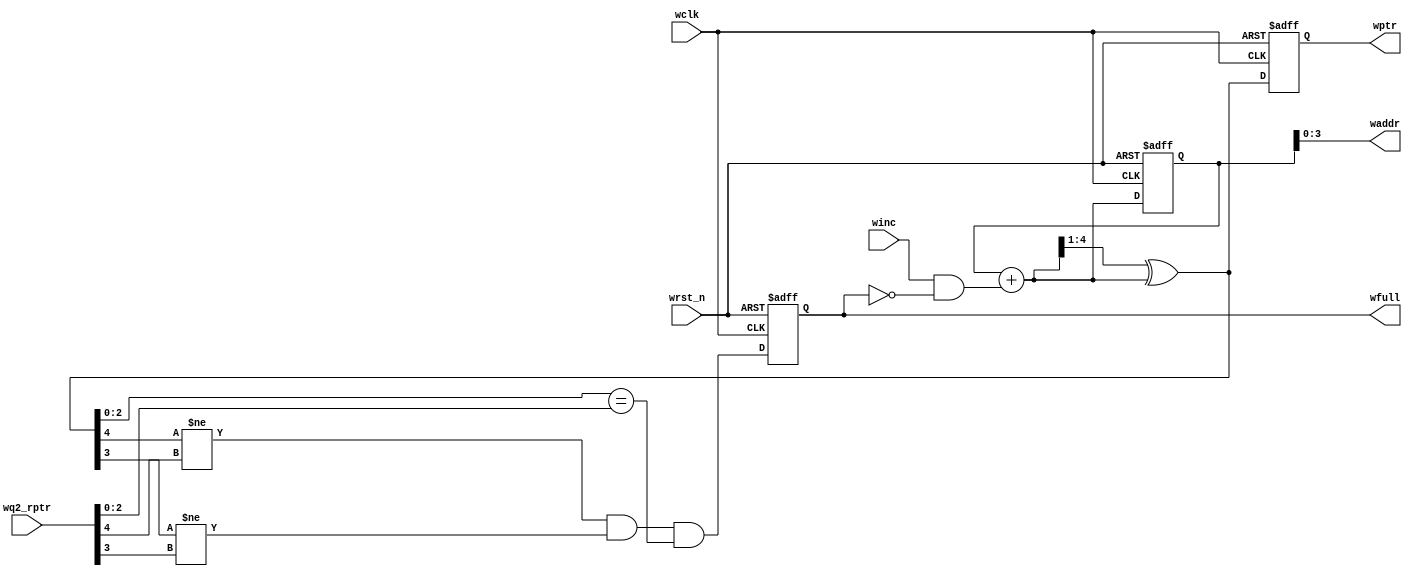
`timescale 1ns / 1ps
//////////////////////////////////////////////////////////////////////////////////
// Company: 
// Engineer: 
// 
// Design Name: 
// Module Name: wptr_full
// Project Name: 
// Target Devices: 
// Tool Versions: 
// Description: 
// 
// Dependencies: 
// 
// Revision:
// Revision 0.01 - File Created
// Additional Comments:
// 
//////////////////////////////////////////////////////////////////////////////////


module wptr_full
    #(parameter ADDRSIZE = 4)
    (
    output reg wfull,
    output [ADDRSIZE-1:0] waddr,
    output reg [ADDRSIZE:0] wptr,
    input [ADDRSIZE:0] wq2_rptr,
    input winc,wclk,wrst_n
    );
    
    reg [ADDRSIZE:0] wbin;
    wire [ADDRSIZE:0] wgraynext,wbinnext;    
    wire [ADDRSIZE:0] wfull_val;
    always@(posedge wclk or negedge wrst_n) begin
        if(!wrst_n) {wbin, wptr} <= 0;
        else {wbin,wptr} <= {wbinnext,wgraynext}; // rptr value is converted to gray code.
    end
    
    assign waddr = wbin[ADDRSIZE-1:0];
    
    assign wbinnext = wbin + (winc & ~wfull); // whenever rinc is 1 and BRAM is not empty then rbin increases by 1
    assign wgraynext = (wbinnext>>1) ^ wbinnext; //conversion bin to gray
    
    assign wfull_val = ((wgraynext[ADDRSIZE] != wq2_rptr[ADDRSIZE]) &&
                        (wgraynext[ADDRSIZE-1] != wq2_rptr[ADDRSIZE-1]) &&
                        (wgraynext[ADDRSIZE-2:0] == wq2_rptr[ADDRSIZE-2:0])); // gray write and read vals compared
    
    always@(posedge wclk or negedge wrst_n) begin // if resetted fifo will be empty so full is 0
        if(!wrst_n) wfull <= 0;
        else wfull <= wfull_val;
    end
endmodule